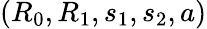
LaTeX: (R_{0},R_{1},s_{1},s_{2},a)